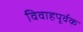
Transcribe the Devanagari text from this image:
विवाहपूर्वक